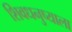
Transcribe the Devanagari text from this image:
शिवधनुष्याला